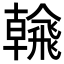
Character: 𩙶